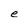
Character: e